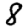
Digit: 8